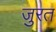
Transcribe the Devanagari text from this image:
जुरत